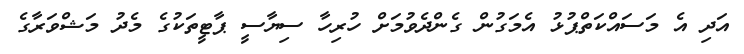
އަދި އެ މަސައްކަތްޕުޅު އެމަގުން ގެންދެވުމަށް ހުރިހާ ސިޔާސީ ޕާޓީތަކުގެ މެދު މަޝްވަރާގެ